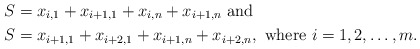
\begin{align*}S &= x_{i,1} + x_{i+1,1} + x_{i,n} + x_{i+1,n} \mbox{ and } \\S &= x_{i+1,1} + x_{i+2,1} + x_{i+1,n} + x_{i+2,n},\mbox{ where } i=1,2,\ldots,m.\end{align*}